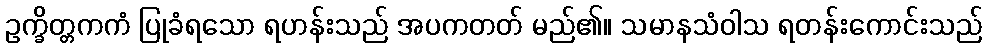
ဥက္ခိတ္တကကံ ပြုခံရသော ရဟန်းသည် အပကတတ် မည်၏။ သမာနသံဝါသ ရတန်းကောင်းသည်